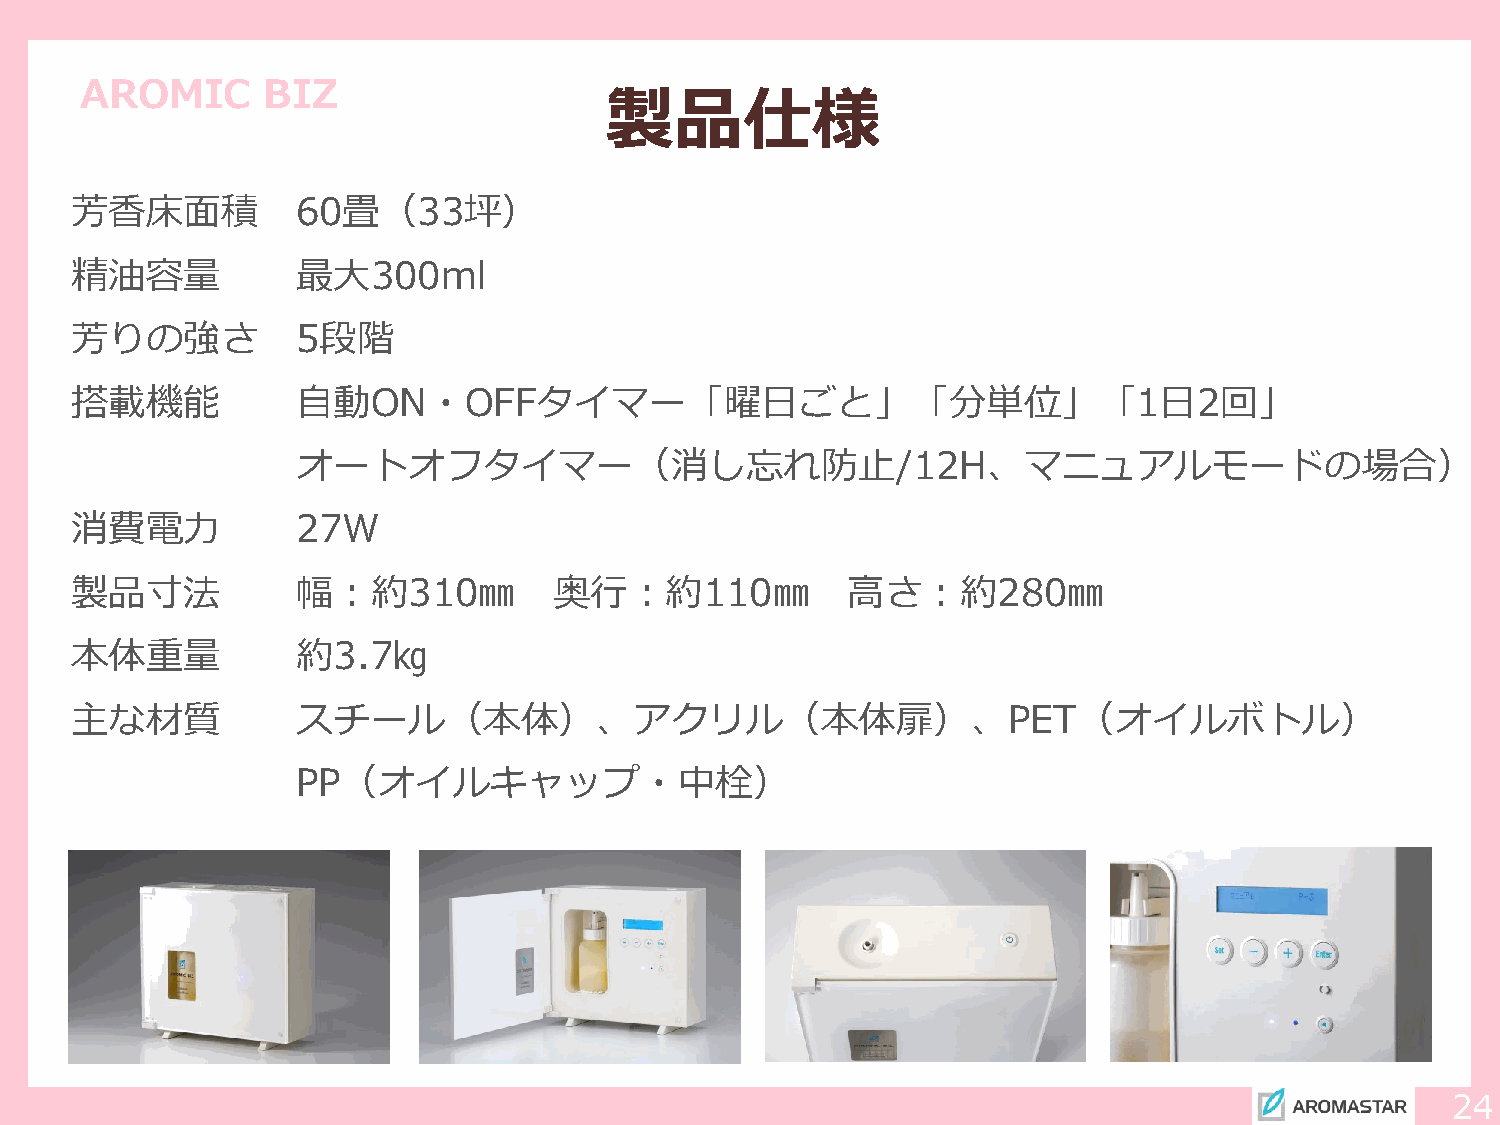
AROMIC      BIZ
 製品仕様
 芳香床面積          60畳（33坪）
 精油容量           最大300ml
 芳りの強さ          5段階
 搭載機能           自動ON・OFFタイマー「曜日ごと」「分単位」「1日2回」
 オートオフタイマー（消し忘れ防止/12H、マニュアルモードの場合）
 消費電力           27W
 製品寸法           幅：約310㎜          奥行：約110㎜           高さ：約280㎜
 本体重量           約3.7㎏
 主な材質           スチール（本体）、アクリル（本体扉）、PET（オイルボトル）
 PP（オイルキャップ・中栓）
 24